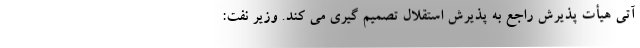
آتی هیأت پذیرش راجع به پذیرش استقلال تصمیم گیری می کند. وزیر نفت: